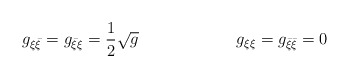
\begin{align*}g_{\xi \bar \xi }=g_{\bar \xi \xi }={\frac{1}{2}} \sqrt{g}\qquad \qquad\qquad g_{\xi \xi }=g_{\bar \xi \bar \xi }=0\end{align*}